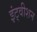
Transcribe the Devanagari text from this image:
इंट्वीशन